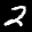
Label: 2